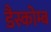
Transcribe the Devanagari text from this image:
डैस्कोम्ब